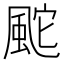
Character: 䬁